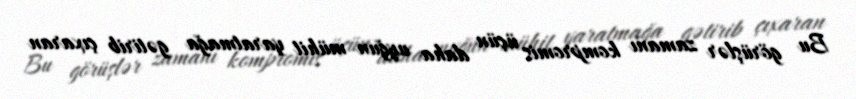
Bu görüşlər zamanı kompromis üçün daha uyğun mühit yaratmağa gətirib çıxaran